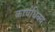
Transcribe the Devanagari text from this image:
कार्यधिक्य